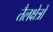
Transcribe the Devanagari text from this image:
तैलक्षेत्रों